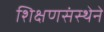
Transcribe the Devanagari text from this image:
शिक्षणसंस्थेने